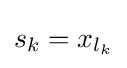
s_{k}=x_{l_{k}}